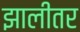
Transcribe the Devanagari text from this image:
झालीतर